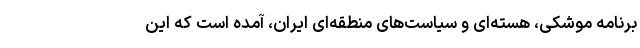
برنامه موشکی، هسته‌ای و سیاست‌های منطقه‌ای ایران، آمده است که این